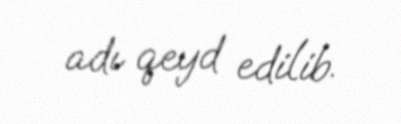
adı qeyd edilib.